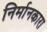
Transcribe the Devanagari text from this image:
निर्मानकारा